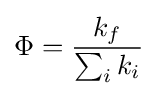
\Phi ={\frac {{k}_{f}}{\sum _{i}{k}_{i}}}